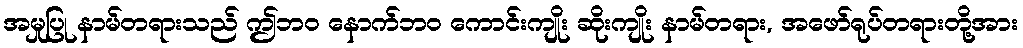
အမှုပြု နာမ်တရားသည် ဤဘဝ နောက်ဘဝ ကောင်းကျိုး ဆိုးကျိုး နာမ်တရား, အဖော်ရုပ်တရားတို့အား